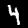
Label: 4